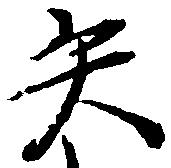
矢